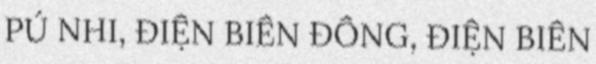
PÚ NHI, ĐIỆN BIÊN ĐÔNG, ĐIỆN BIÊN